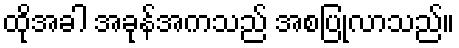
ထိုအခါ အခုန်အကသည် အစပြုလာသည်။